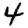
Digit: 4